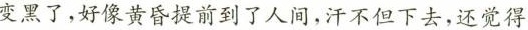
变黑了，好像黄昏提前到了人间，汗不但下去，还觉得